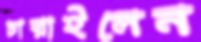
চারাইলেন